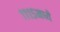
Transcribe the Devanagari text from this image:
१११५मध्ये